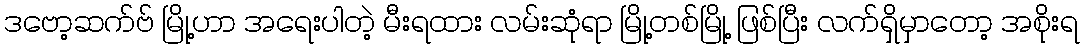
ဒဗော့ဆက်ဗ် မြို့ဟာ အရေးပါတဲ့ မီးရထား လမ်းဆုံရာ မြို့တစ်မြို့ ဖြစ်ပြီး လက်ရှိမှာတော့ အစိုးရ